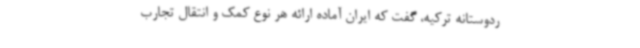
ردوستانه ترکیه، گفت که ایران آماده ارائه هر نوع کمک و انتقال تجارب